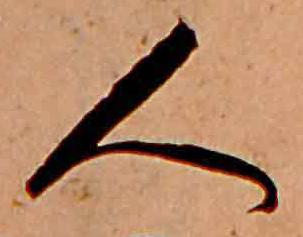
人